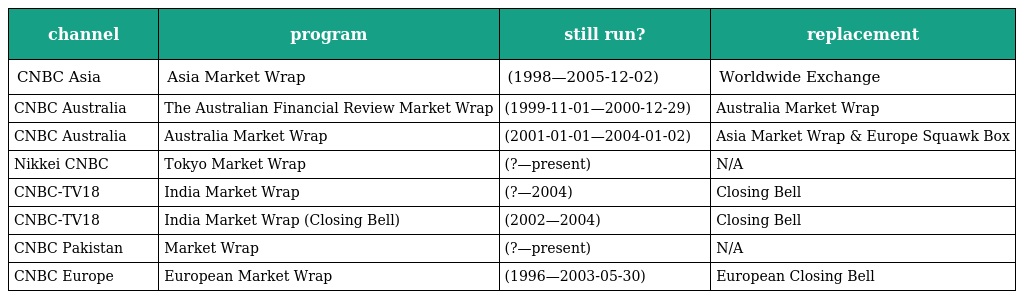
| channel | program | still run? | replacement |
 | --- | --- | --- | --- |
 | CNBC Asia | Asia Market Wrap | (1998—2005-12-02) | Worldwide Exchange |
 | CNBC Australia | The Australian Financial Review Market Wrap | (1999-11-01—2000-12-29) | Australia Market Wrap |
 | CNBC Australia | Australia Market Wrap | (2001-01-01—2004-01-02) | Asia Market Wrap & Europe Squawk Box |
 | Nikkei CNBC | Tokyo Market Wrap | (?—present) | N/A |
 | CNBC-TV18 | India Market Wrap | (?—2004) | Closing Bell |
 | CNBC-TV18 | India Market Wrap (Closing Bell) | (2002—2004) | Closing Bell |
 | CNBC Pakistan | Market Wrap | (?—present) | N/A |
 | CNBC Europe | European Market Wrap | (1996—2003-05-30) | European Closing Bell |